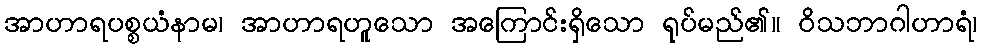
အာဟာရပစ္စယံနာမ၊ အာဟာရဟူသော အကြောင်းရှိသော ရုပ်မည်၏။ ဝိသဘာဂါဟာရံ၊